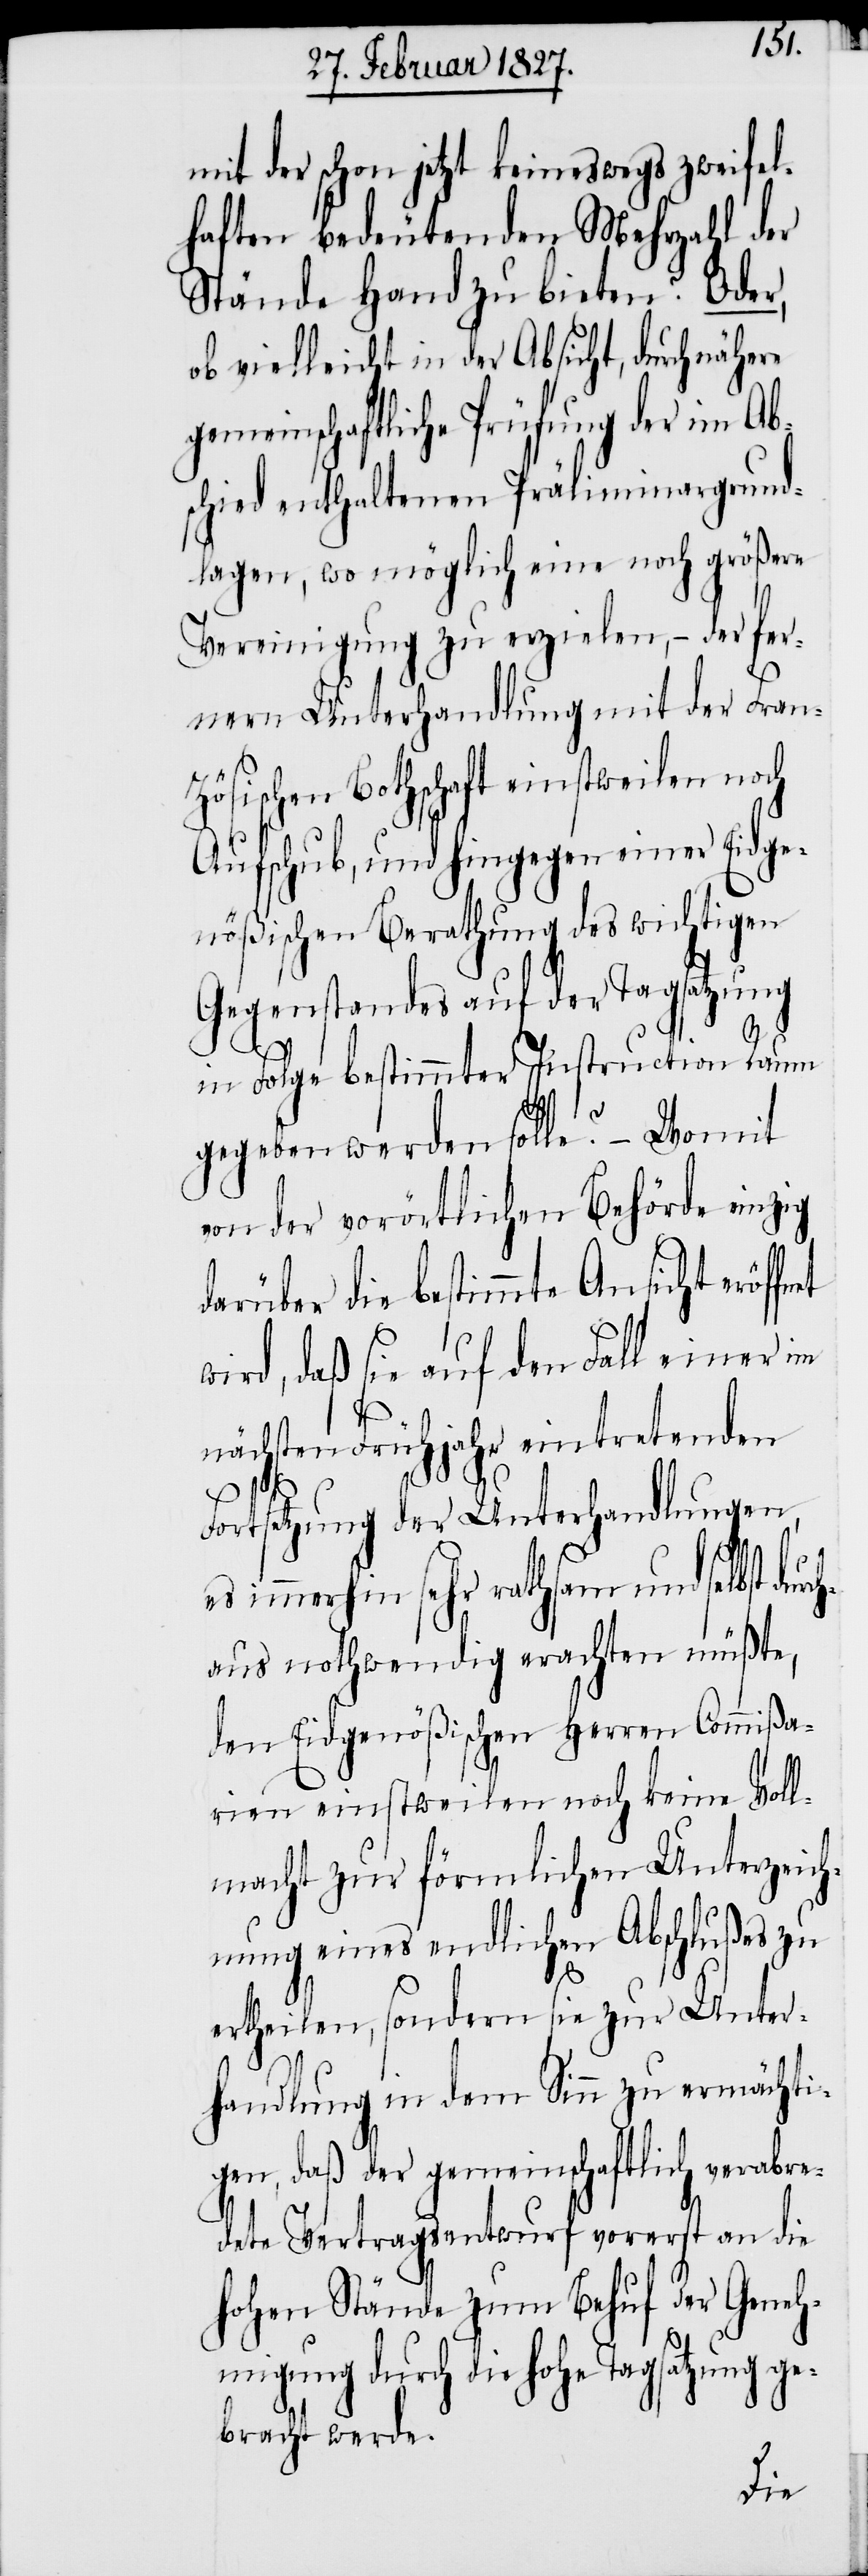
mit der schon jetzt keineswegs zweifel¬
haften bedeutenden Mehrzahl der
Stände Hand zu bieten? Oder,
ob vielleicht in der Absicht, durch nähere
gemeinschaftliche Prüfung der im Ab¬
schied enthaltenen Präliminargrund¬
lagen, wo möglich eine noch größere
Vereinigung zu erzielen, – der fer¬
nern Unterhandlung mit der Fran¬
zösischen Botschaft einstweilen noch
Aufschub, und hingegen einer Eidge¬
nößischen Berathung des wichtigen
Gegenstandes auf der Tagsatzung
durch¬
in Folge bestimmter Instruction Raum
et
gegeben werden solle? – Womit
von der vorörtlichen Behörde einzig
darüber die bestimmte Ansicht eröffn¬
wird, daß sie auf den Fall einer im
nächsten Frühjahr eintretenden
Fortsetzung der Unterhandlungen,
es immerhin sehr rathsam und selbst
aus nothwendig erachten müßte,
den Eidgenößischen Herren Commißa¬
rien einstweilen noch keine Voll¬
macht zur förmlichen Unterzeich¬
nung eines endlichen Abschlußes zu
ertheilen, sondern sie zur Unter¬
handlung in dem Sinn zu ermächti¬
gen, daß der gemeinschaftlich verabre¬
dete Vertragsentwurf vorerst an die
hohen Stände zum Behuf der Geneh¬
migung durch die hohe Tagsatzung ge¬
bracht werde.